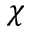
\chi